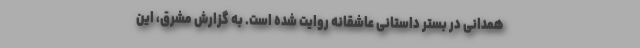
همدانی در بستر داستانی عاشقانه روایت شده است. به گزارش مشرق، این